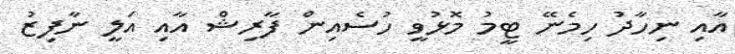
އާއި ނިހާދު ހިމެނޭ ޓީމު މޮޅުވީ ހުސެއިން ފާރިޝް އާއި އަލީ ނާފިޒު